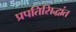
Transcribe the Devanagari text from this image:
प्रपतिसिद्धांत